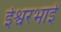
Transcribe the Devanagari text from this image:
ईश्वरभाई